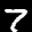
Label: 7